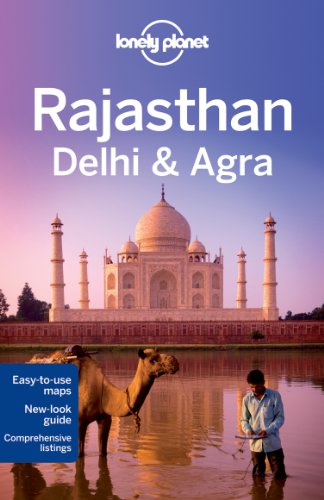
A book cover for Lonely Planet Rajasthan, Delhi & Agra (Travel Guide); Lonely Planet; Travel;